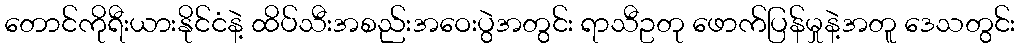
တောင်ကိုရီးယားနိုင်ငံနဲ့ ထိပ်သီးအစည်းအဝေးပွဲအတွင်း ရာသီဥတု ဖောက်ပြန်မှုနဲ့အတူ ဒေသတွင်း